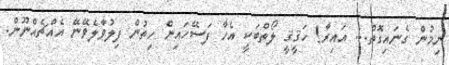
ނިމުން ގެނައިގޮތް... އައިރާ! ހަޤީޤީ ލޯތްބަކީ އެހާ ފަސޭހައިން ހިތުން ފިލުވާލެވޭނޭ އެއްޗެއްނޫން.